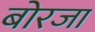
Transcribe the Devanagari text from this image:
बोरजा